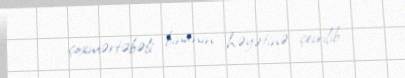
çoxmərtəbəli binanın həyətinə çevrilib.